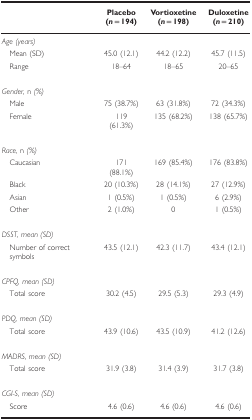
|  | Placebo (n=194) | Vortioxetine (n=198) | Duloxetine (n=210) |
 | --- | --- | --- | --- |
 | <COLSPAN=4> Age (years) |
 | Mean (SD) | 45.0 (12.1) | 44.2 (12.2) | 45.7 (11.5) |
 | Range | 18–64 | 18–65 | 20–65 |
 |  |  |  |  |
 | <COLSPAN=4> Gender, n (%) |
 | Male | 75 (38.7%) | 63 (31.8%) | 72 (34.3%) |
 | Female | 119 (61.3%) | 135 (68.2%) | 138 (65.7%) |
 |  |  |  |  |
 | <COLSPAN=4> Race, n (%) |
 | Caucasian | 171 (88.1%) | 169 (85.4%) | 176 (83.8%) |
 | Black | 20 (10.3%) | 28 (14.1%) | 27 (12.9%) |
 | Asian | 1 (0.5%) | 1 (0.5%) | 6 (2.9%) |
 | Other | 2 (1.0%) | 0 | 1 (0.5%) |
 |  |  |  |  |
 | <COLSPAN=4> DSST, mean (SD) |
 | Number of correct symbols | 43.5 (12.1) | 42.3 (11.7) | 43.4 (12.1) |
 |  |  |  |  |
 | <COLSPAN=4> CPFQ, mean (SD) |
 | Total score | 30.2 (4.5) | 29.5 (5.3) | 29.3 (4.9) |
 |  |  |  |  |
 | <COLSPAN=4> PDQ, mean (SD) |
 | Total score | 43.9 (10.6) | 43.5 (10.9) | 41.2 (12.6) |
 |  |  |  |  |
 | <COLSPAN=4> MADRS, mean (SD) |
 | Total score | 31.9 (3.8) | 31.4 (3.9) | 31.7 (3.8) |
 |  |  |  |  |
 | <COLSPAN=4> CGI-S, mean (SD) |
 | Score | 4.6 (0.6) | 4.6 (0.6) | 4.6 (0.6) |